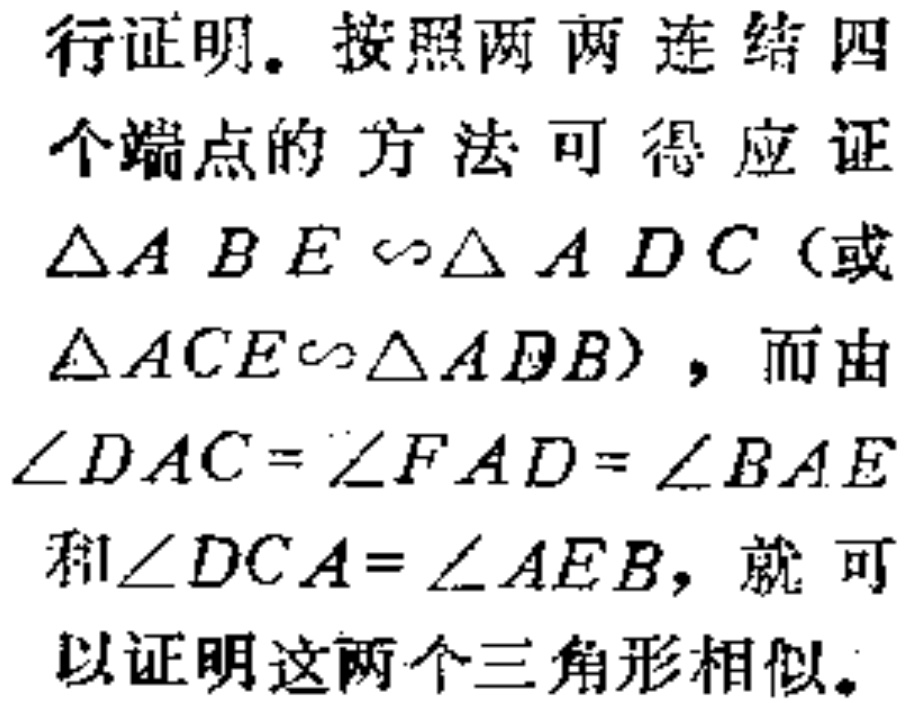
行证明。按照两两连结四个端点的方法可得应证$\triangle ABE \sim \triangle ADC$（或$\triangle ACE\sim \triangle ADB$），而由$\angle DAC = \angle FAD = \angle BAE$和$\angle DCA = \angle AEB$，就可以证明这两个三角形相似。